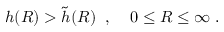
h ( R ) > \tilde { h } ( R ) \; \; , \; \; \; \; 0 \le R \le \infty \; .